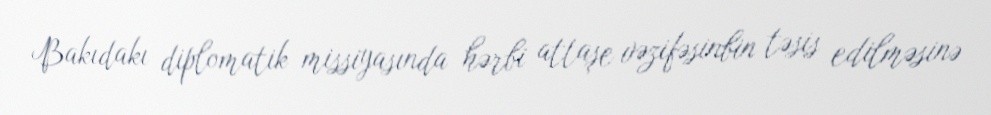
Bakıdakı diplomatik missiyasında hərbi attaşe vəzifəsinbin təsis edilməsinə